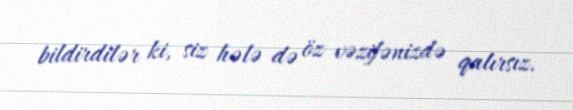
bildirdilər ki, siz hələ də öz vəzifənizdə qalırsız.